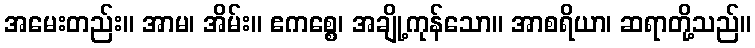
အမေးတည်း။ အာမ၊ အိမ်း။ ဧကစ္စေ၊ အချို့ကုန်သော။ အာစရိယာ၊ ဆရာတို့သည်။